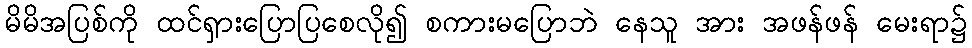
မိမိအပြစ်ကို ထင်ရှားပြောပြစေလို၍ စကားမပြောဘဲ နေသူ အား အဖန်ဖန် မေးရာ၌